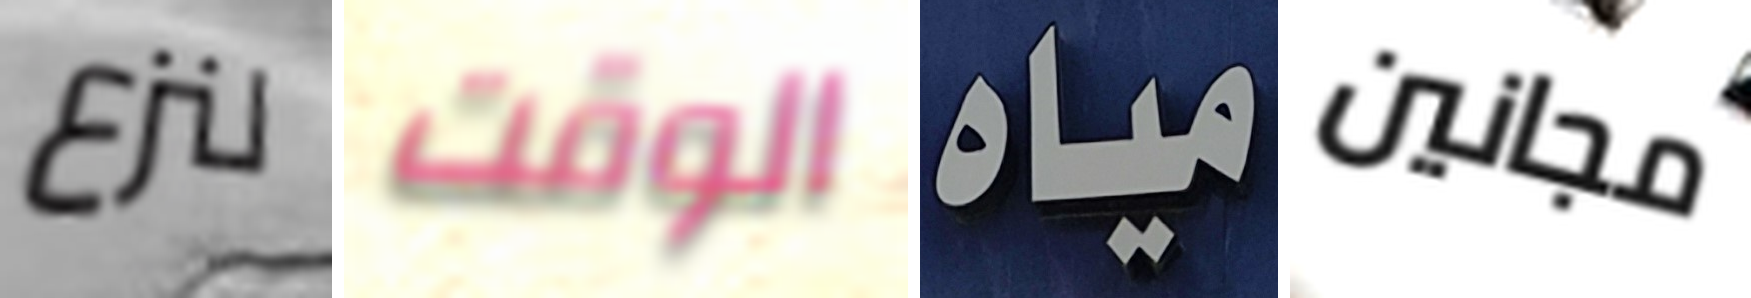
لنزع الوقت مياه مجانين